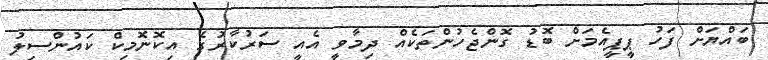
ބައްޔަށް ފަހު ޕީޕީއެމަށް ބޮޑު ގޮންޖެހުންތަކެއް ދިމާވީ އެއީ ސަރުކާރުގެ އިކޮނޮމިކް ކައުންސިލު